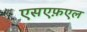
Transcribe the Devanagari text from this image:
एसएफ़एल